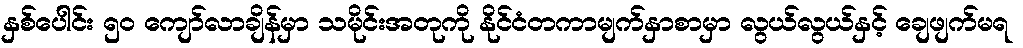
နှစ်ပေါင်း ၅ဝ ကျော်လာချိန်မှာ သမိုင်းအတုကို နိုင်ငံတကာမျက်နှာစာမှာ လွယ်လွယ်နှင့် ချေဖျက်မရ